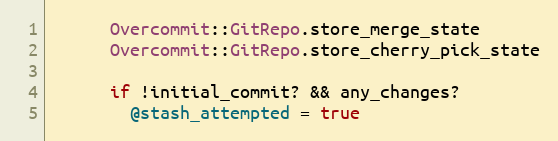
Language: Ruby
      Overcommit::GitRepo.store_merge_state
      Overcommit::GitRepo.store_cherry_pick_state

      if !initial_commit? && any_changes?
        @stash_attempted = true